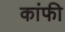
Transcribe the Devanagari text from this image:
कांफी